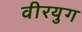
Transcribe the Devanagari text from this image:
वीरयुग